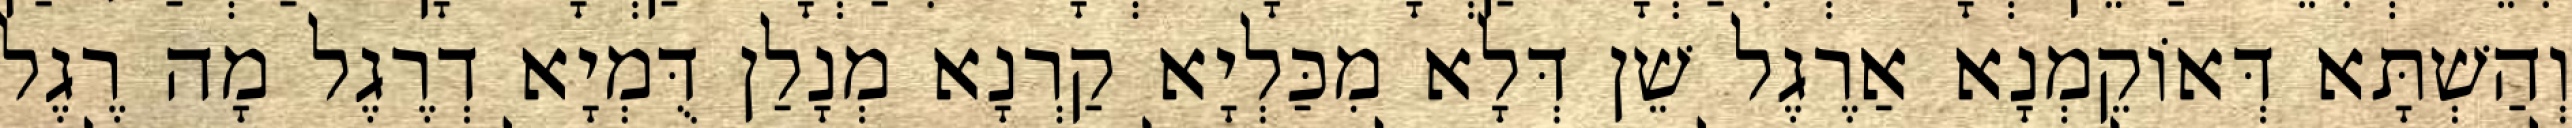
וְהַשְׁתָּא דְּאוֹקֵמְנָא אַרֶגֶל שֵׁן דְּלָא מִכַּלְיָא קַרְנָא מְנָלַן דֻּמְיָא דְרֶגֶל מָה רֶגֶל